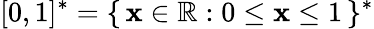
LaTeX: [0,1]^{\ast}=\{ \, \mathbf{x}\in\mathbb{{R}}:0\leq\mathbf{x}\leq1\, \} ^{\ast}